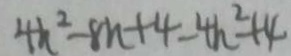
4 h ^ { 2 } - 8 h + 4 - 4 h ^ { 2 } + 4